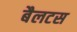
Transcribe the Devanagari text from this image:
बैलटस